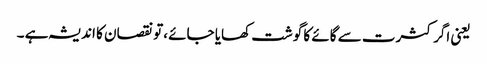
یعنی اگر کثرت سے گائے کا گوشت کھایا جائے ،تو نقصان کا اندیشہ ہے ۔